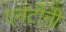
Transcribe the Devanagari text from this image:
एनटोनी